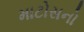
માટોસનો